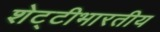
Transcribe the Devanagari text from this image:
शेट्टीभारतीय